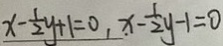
x - \frac { 1 } { 2 } y + 1 = 0 , x - \frac { 1 } { 2 } y - 1 = 0